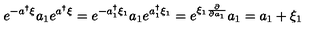
e ^ { - a ^ { \dag } \xi } a _ { 1 } e ^ { a ^ { \dag } \xi } = e ^ { - a _ { 1 } ^ { \dag } \xi _ { 1 } } a _ { 1 } e ^ { a _ { 1 } ^ { \dag } \xi _ { 1 } } = e ^ { \xi _ { 1 } \frac { \partial } { \partial a _ { 1 } } } a _ { 1 } = a _ { 1 } + \xi _ { 1 }